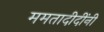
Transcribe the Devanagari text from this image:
ममतादीदींनी